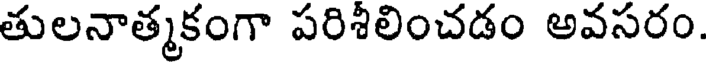
తులనాత్మకంగా పరిశీలించడం అవసరం.